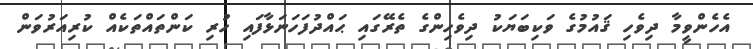
އެހެންވީމާ ދިވެހި ޤައުމުގެ ވަކިބަޔަކު ދިވެހިންގެ ތެރޭގައި ޙައްދުފަހަނަޅާފައި ހުރި ކަންތައްތަކެއް ކުރިއަރުވަން